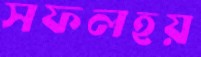
সফলহয়